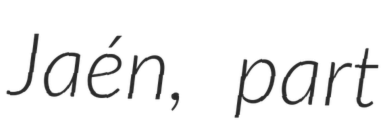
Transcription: Jaén, part